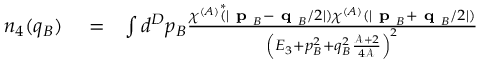
\begin{array} { r l r } { n _ { 4 } ( q _ { B } ) } & { { } = } & { \int d ^ { D } p _ { B } \frac { \chi ^ { ( A ) } \overset { * } { ( } \lvert \textbf { p } _ { B } - \textbf { q } _ { B } / 2 \rvert ) \chi ^ { ( A ) } ( \lvert \textbf { p } _ { B } + \textbf { q } _ { B } / 2 \rvert ) } { \left( E _ { 3 } + p _ { B } ^ { 2 } + q _ { B } ^ { 2 } \frac { \mathcal { A } + 2 } { 4 \mathcal { A } } \right) ^ { 2 } } } \end{array}